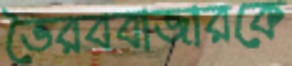
ভৈরববাজারকে